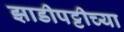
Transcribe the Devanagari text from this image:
झाडीपट्टीच्या